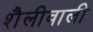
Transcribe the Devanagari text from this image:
शैलीवाली